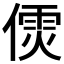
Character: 𠎌